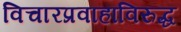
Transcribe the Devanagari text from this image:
विचारप्रवाहाविरुद्ध